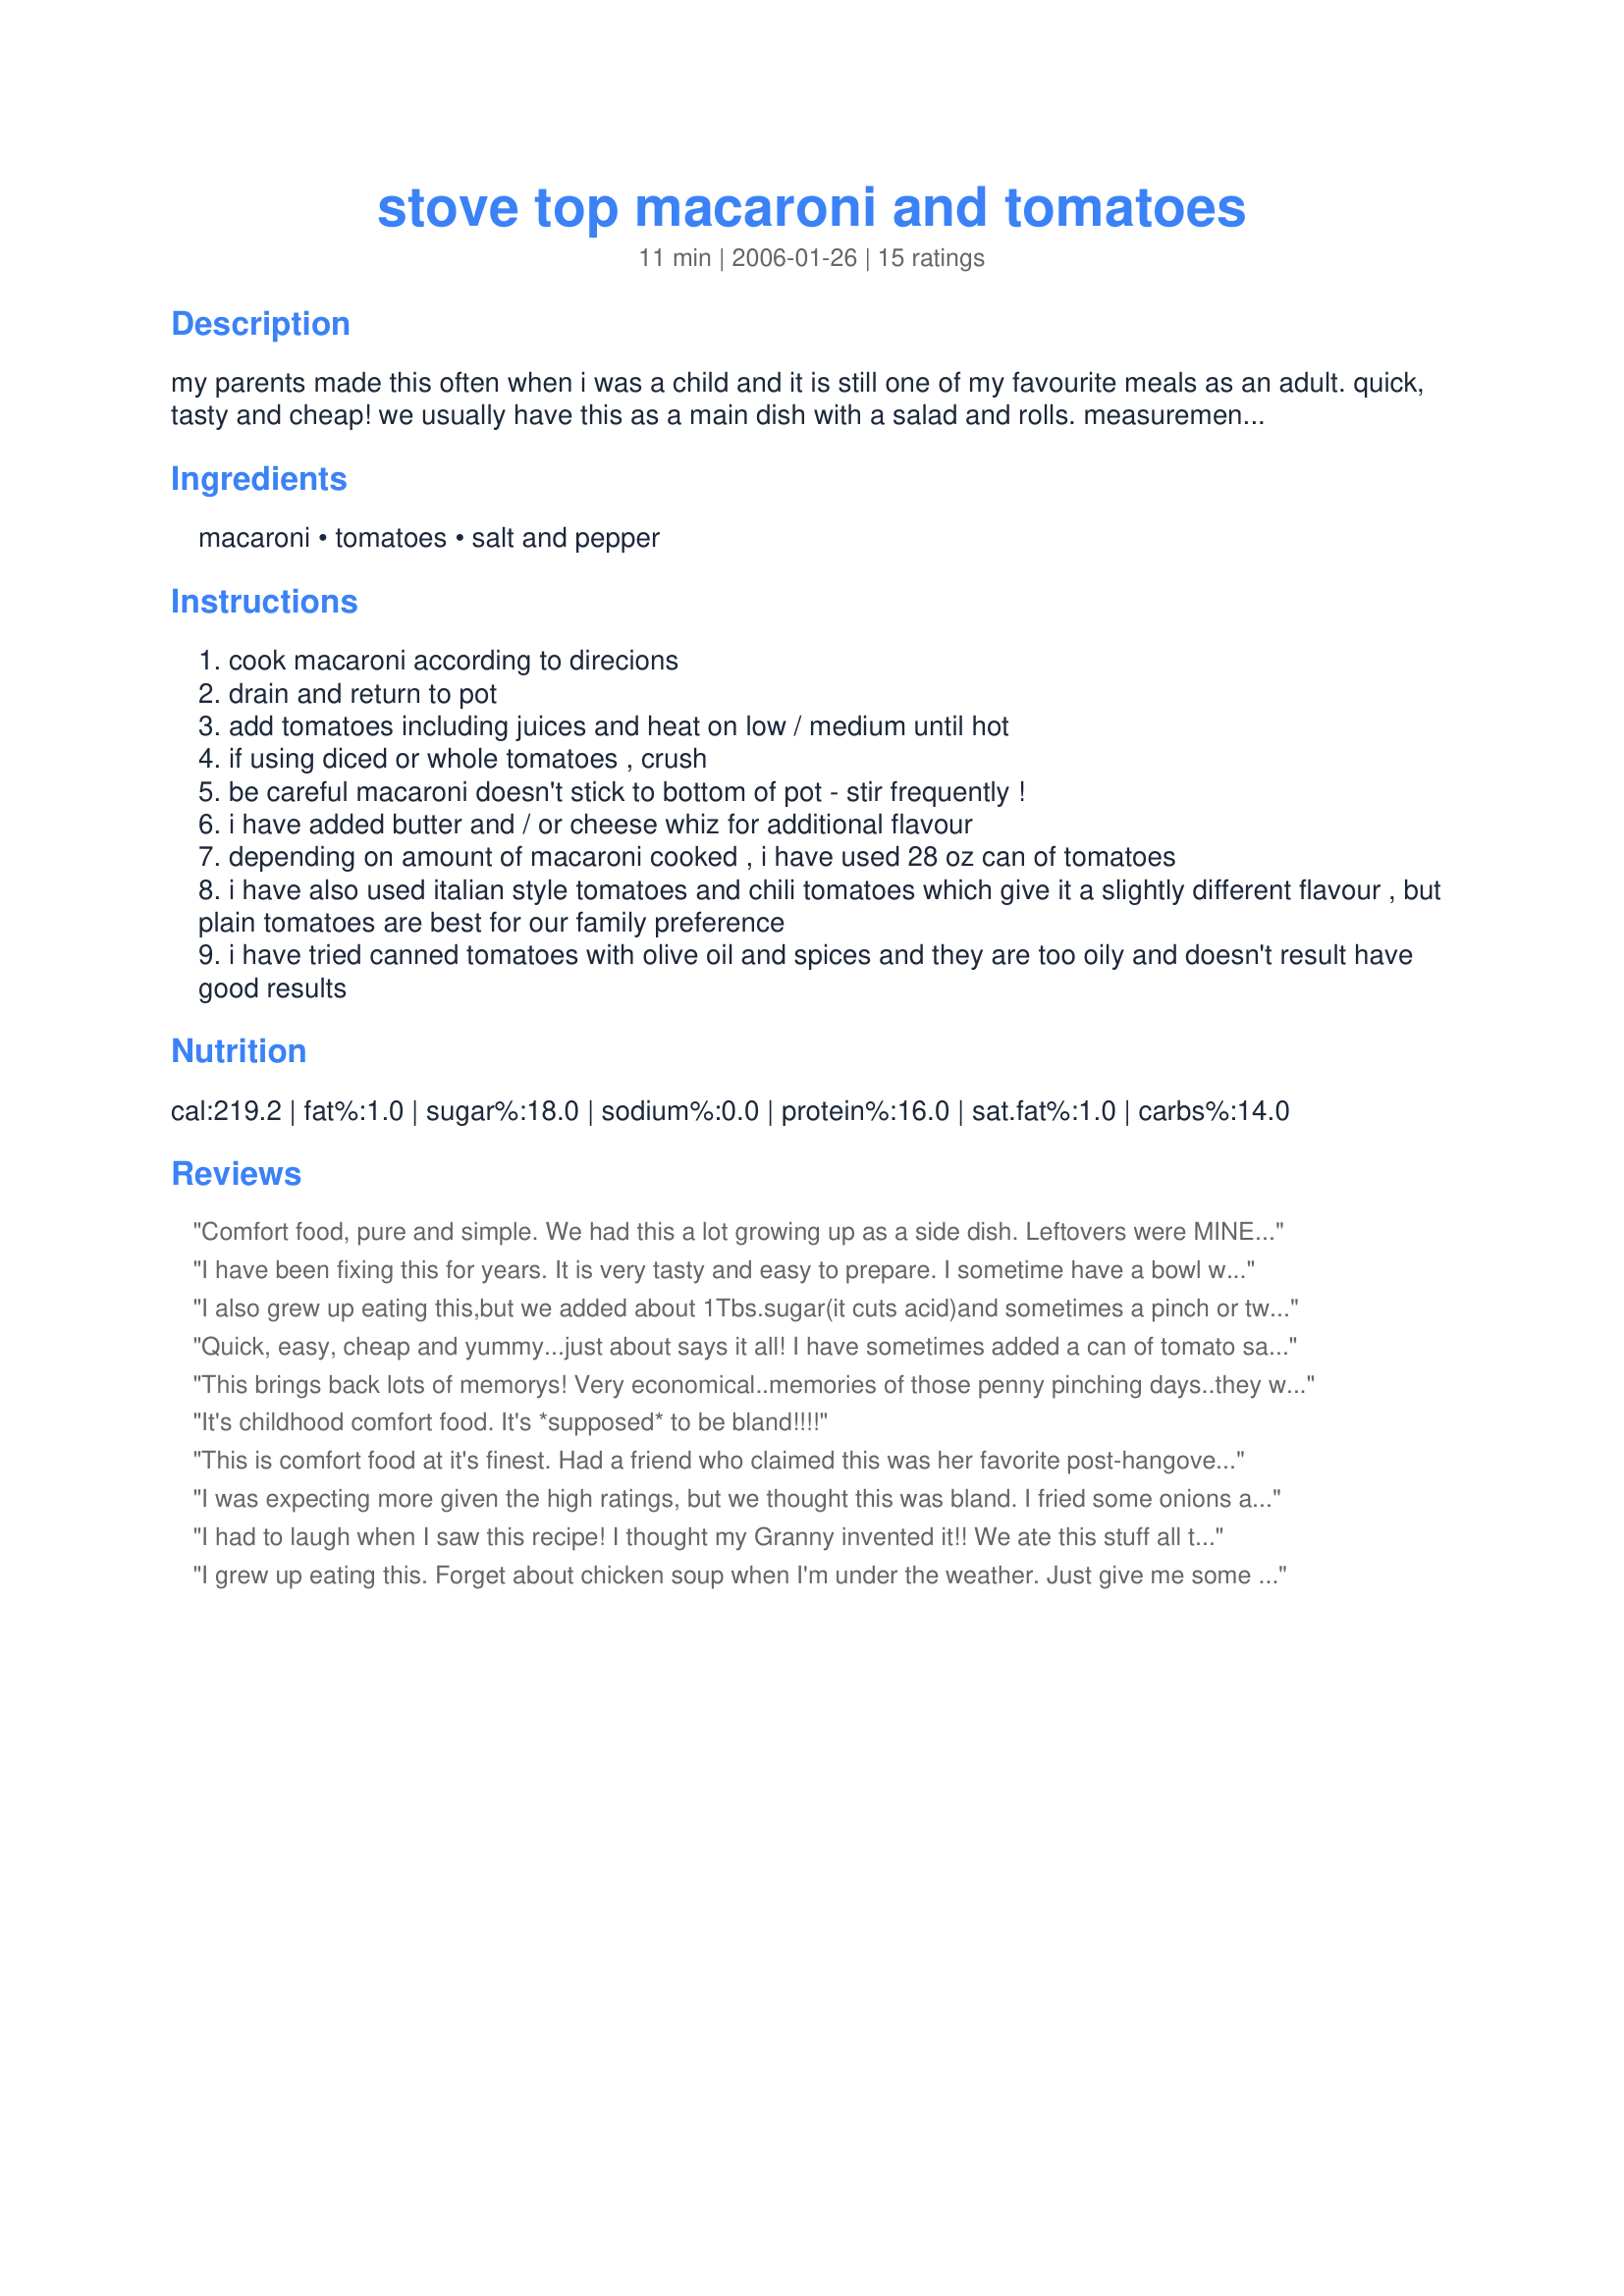
stove top macaroni and tomatoes
Preparation time: 11 minutes

my parents made this often when i was a child and it is still one of my favourite meals as an adult. quick, tasty and cheap! we usually have this as a main dish with a salad and rolls. measurements are approximate as i don't follow a recipe and it can be adjusted for personal preference. can use whole, crushed or diced tomatoes

Ingredients:
macaroni, tomatoes, salt and pepper

Steps:
cook macaroni according to direcions
drain and return to pot
add tomatoes including juices and heat on low / medium until hot
if using diced or whole tomatoes , crush
be careful macaroni doesn't stick to bottom of pot - stir frequently !
i have added butter and / or cheese whiz for additional flavour
depending on amount of macaroni cooked , i have used 28 oz can of tomatoes
i have also used italian style tomatoes and chili tomatoes which give it a slightly different flavour , but plain tomatoes are best for our family preference
i have tried canned tomatoes with olive oil and spices and they are too oily and doesn't result have good results

Reviews:
Comfort food, pure and simple. We had this a lot growing up as a side dish. Leftovers were MINE for lunch the next day, eaten on the back porch while my mother hung laundry or worked in the flower beds. Great, simple recipe.
I have been fixing this for years. It is very tasty and easy to prepare. I sometime have a bowl with a little sugar sprinkled on top.
I also grew up eating this,but we added about 1Tbs.sugar(it cuts acid)and sometimes a pinch or two of chili pwd.We always had home canned tomatoes,which were so good.It tastes best when it is juicy and not dry.
Quick, easy, cheap and yummy...just about says it all! I have sometimes added a can of tomato sauce as well. I just sometimes get a craving for this. I have even added seasonings to it as well, but normally just some salt and pepper do the trick. :)

This brings back lots of memorys! Very economical..memories of those penny pinching days..they were made easier with comfort food like this and a fresh homemade loaf of crusty bread with rich butter.....yum!!!!!!!!!!!!!!!!!!!!!!!!!!!!!!!!!
It's childhood comfort food. It's *supposed* to be bland!!!!
This is comfort food at it's finest. Had a friend who claimed this was her favorite post-hangover food. Wouldn't know about that.

However, I like to make this with a little onion sauteed in butter, added to everything else and either grated cheddar cheese or about a cup of cubed velveeta.
I was expecting more given the high ratings, but we thought this was bland. I fried some onions and garlic to add to this and it still did not add much. Too bad, it looked so simple and cheap to make.
I had to laugh when I saw this recipe! I thought my Granny invented it!! We ate this stuff all the time! Just macaroni and canned tomatoes with salt and pepper. It's comfort food to me. It reminds me of another recipe my Granny "invented." Macaroni and canned beef stew. Mmmm, good times!
I grew up eating this. Forget about chicken soup when I'm under the weather. Just give me some macaroni & tomatoes! I do make mine a little different, but basically, it's the same. After I cook the macaroni, I cut two strips of bacon into small pieces and add them to the pan I cooked the macaroni in. Cook the bacon until it's crisp & browned. Remove bacon from grease. Add about 1/4 cup finely diced onion to the bacon grease & saute until it's translucent. Add canned diced tomatoes and heat thoroughly. Add back the bacon bits and macaroni and season with salt & pepper. Yummy!
Like the others I thought my mom invented it! haha It really is so good.
We make it like this sometimes. But for some added flavor I also like to stir in a can of tomatoe soup, undiluted. It really adds to the flavor.
This is very tasy, we love it I have made it for years, My Mom use to make it. It is very good with a little cheese added to the recipe.Thanks for posting as I am sure others will enjoy this recipe.
I grew up eating this at least 3 times a month. Hubby and I still eat this for lunch every so often and I still love it!
Grew up on this stuff and still love it!!! Southern comfort at its best!! I crave this and it is sooo simple to make.
